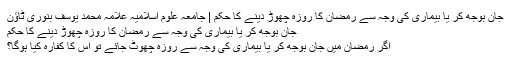
جان بوجھ کر یا بیماری کی وجہ سے رمضان کا روزہ چھوڑ دینے کا حکم | جامعہ علوم اسلامیہ علامہ محمد یوسف بنوری ٹاؤن
جان بوجھ کر یا بیماری کی وجہ سے رمضان کا روزہ چھوڑ دینے کا حکم
اگر رمضان میں جان بوجھ کر یا بیماری کی وجہ سے روزہ چھوٹ جائے تو اس کا کفارہ کیا ہوگا؟